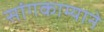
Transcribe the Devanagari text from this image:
सांगकाम्याने